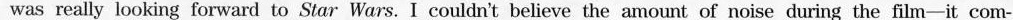
was really looking forward to Star Wars. I couldn't believe the amount of noise during the film—it com-